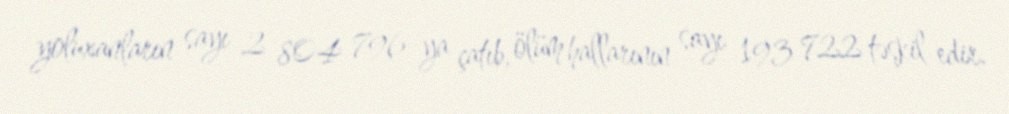
yoluxanların sayı 2 804 796-ya çatıb, ölüm hallarının sayı 193 722 təşkil edir.